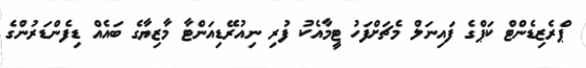
ޕްރެޒިޑެންޓް ކަޕްގެ ފައިނަލް މެޗަށްފަހު ޓީމާއެކު ފުރި ނިއުރޭޑިއަންޓާ މާޒިޔާގެ ބައެއް ޑިފެންޑަރުންގެ